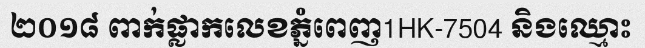
២០១៨ ពាក់ផ្លាកលេខភ្នំពេញ1HK-7504 និងឈ្មោះ